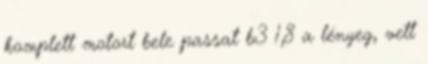
komplett motort bele passat b3 1,8 a lényeg, vett